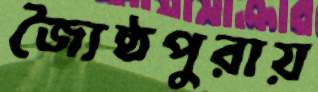
জ্যৈষ্ঠপুরায়